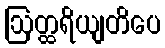
ဩတ္ထရိယျတိပေ